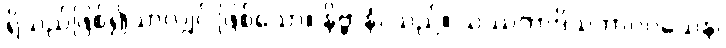
ရှိသည်ဖြစ်၍သာလျှင် ဖြစ်သော။ နိဗ္ဗာနံ၊ သည်။ သဿတာဒိသဘာဝဝသေန၊